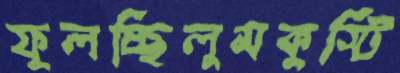
ফুলচ্ছিলুমকুস্টি